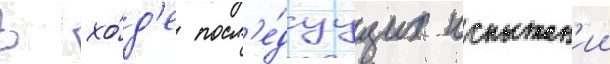
В хо́д'е посл'е́дуущих испытан'ии